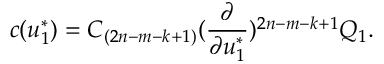
c ( u _ { 1 } ^ { * } ) = C _ { ( 2 n - m - k + 1 ) } ( { \frac { \partial } { \partial u _ { 1 } ^ { * } } } ) ^ { 2 n - m - k + 1 } Q _ { 1 } .